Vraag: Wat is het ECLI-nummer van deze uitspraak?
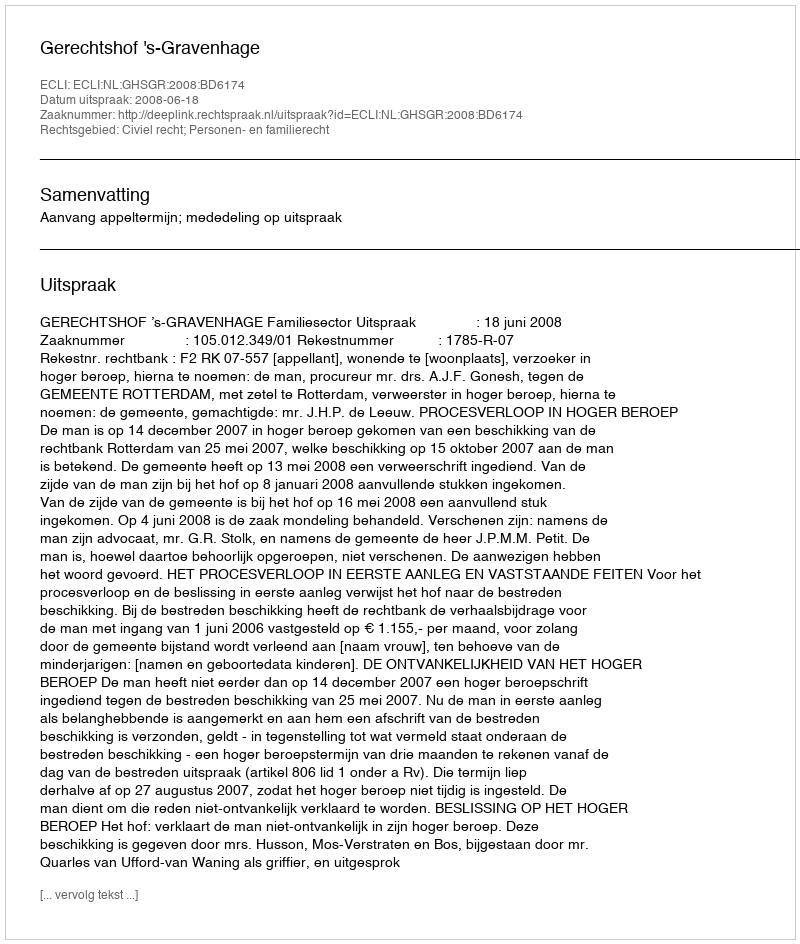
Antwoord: ECLI:NL:GHSGR:2008:BD6174